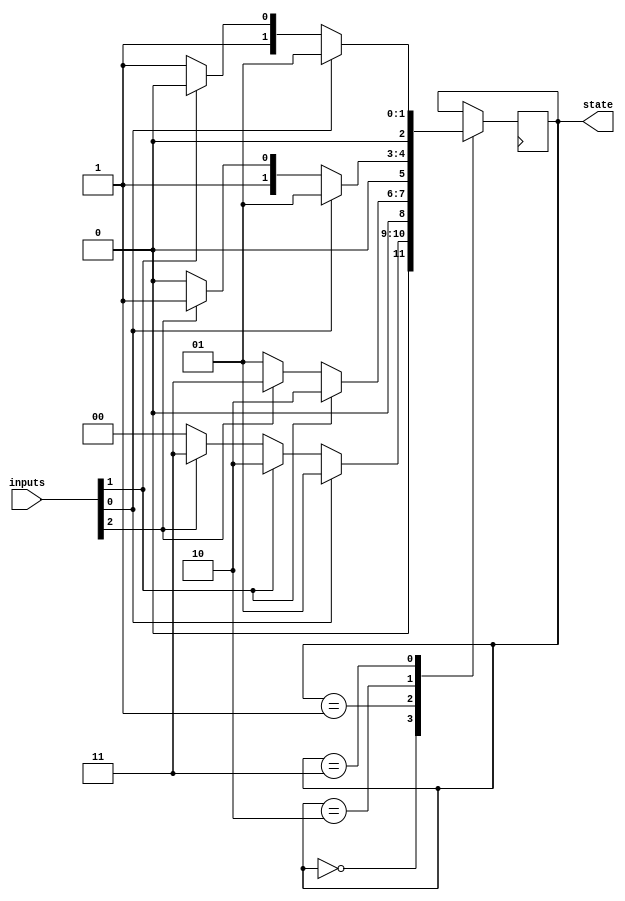
module state_machine (
    input wire [7:0] inputs,
    output wire [2:0] state
);

reg [2:0] state;

always @ (posedge clk) begin
    case(state)
        3'b000: begin // initial state
            if(inputs[0] == 1'b1) state <= 3'b001; // prioritize input 0
            else if(inputs[1] == 1'b1) state <= 3'b010; // prioritize input 1
            else if(inputs[2] == 1'b1) state <= 3'b011; // prioritize input 2
            else state <= 3'b000;
        end
        
        3'b001: begin // state with highest priority input 0
            if(inputs[1] == 1'b1) state <= 3'b010; // prioritize input 1 over input 0
            else if(inputs[2] == 1'b1) state <= 3'b011; // prioritize input 2 over input 0
            else state <= 3'b001;
        end
        
        3'b010: begin // state with highest priority input 1
            if(inputs[0] == 1'b1) state <= 3'b001; // prioritize input 0 over input 1
            else if(inputs[2] == 1'b1) state <= 3'b011; // prioritize input 2 over input 1
            else state <= 3'b010;
        end
        
        3'b011: begin // state with highest priority input 2
            if(inputs[0] == 1'b1) state <= 3'b001; // prioritize input 0 over input 2
            else if(inputs[1] == 1'b1) state <= 3'b010; // prioritize input 1 over input 2
            else state <= 3'b011;
        end
    endcase
end

endmodule